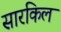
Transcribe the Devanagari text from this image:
सारकिल